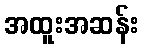
အထူးအဆန်း